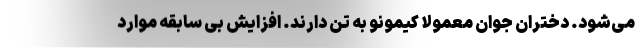
می‌شود. دختران جوان معمولا کیمونو به تن دارند. افزایش بی سابقه موارد